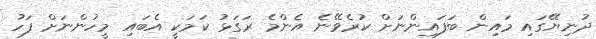
ދުނިޔޭގައި މައިން ބަފައިންނަށް ކުރެވޭނެ އެންމެ ރަގަޅު ކަމަކީ އެބައި މީހުންނަށް ފަހު